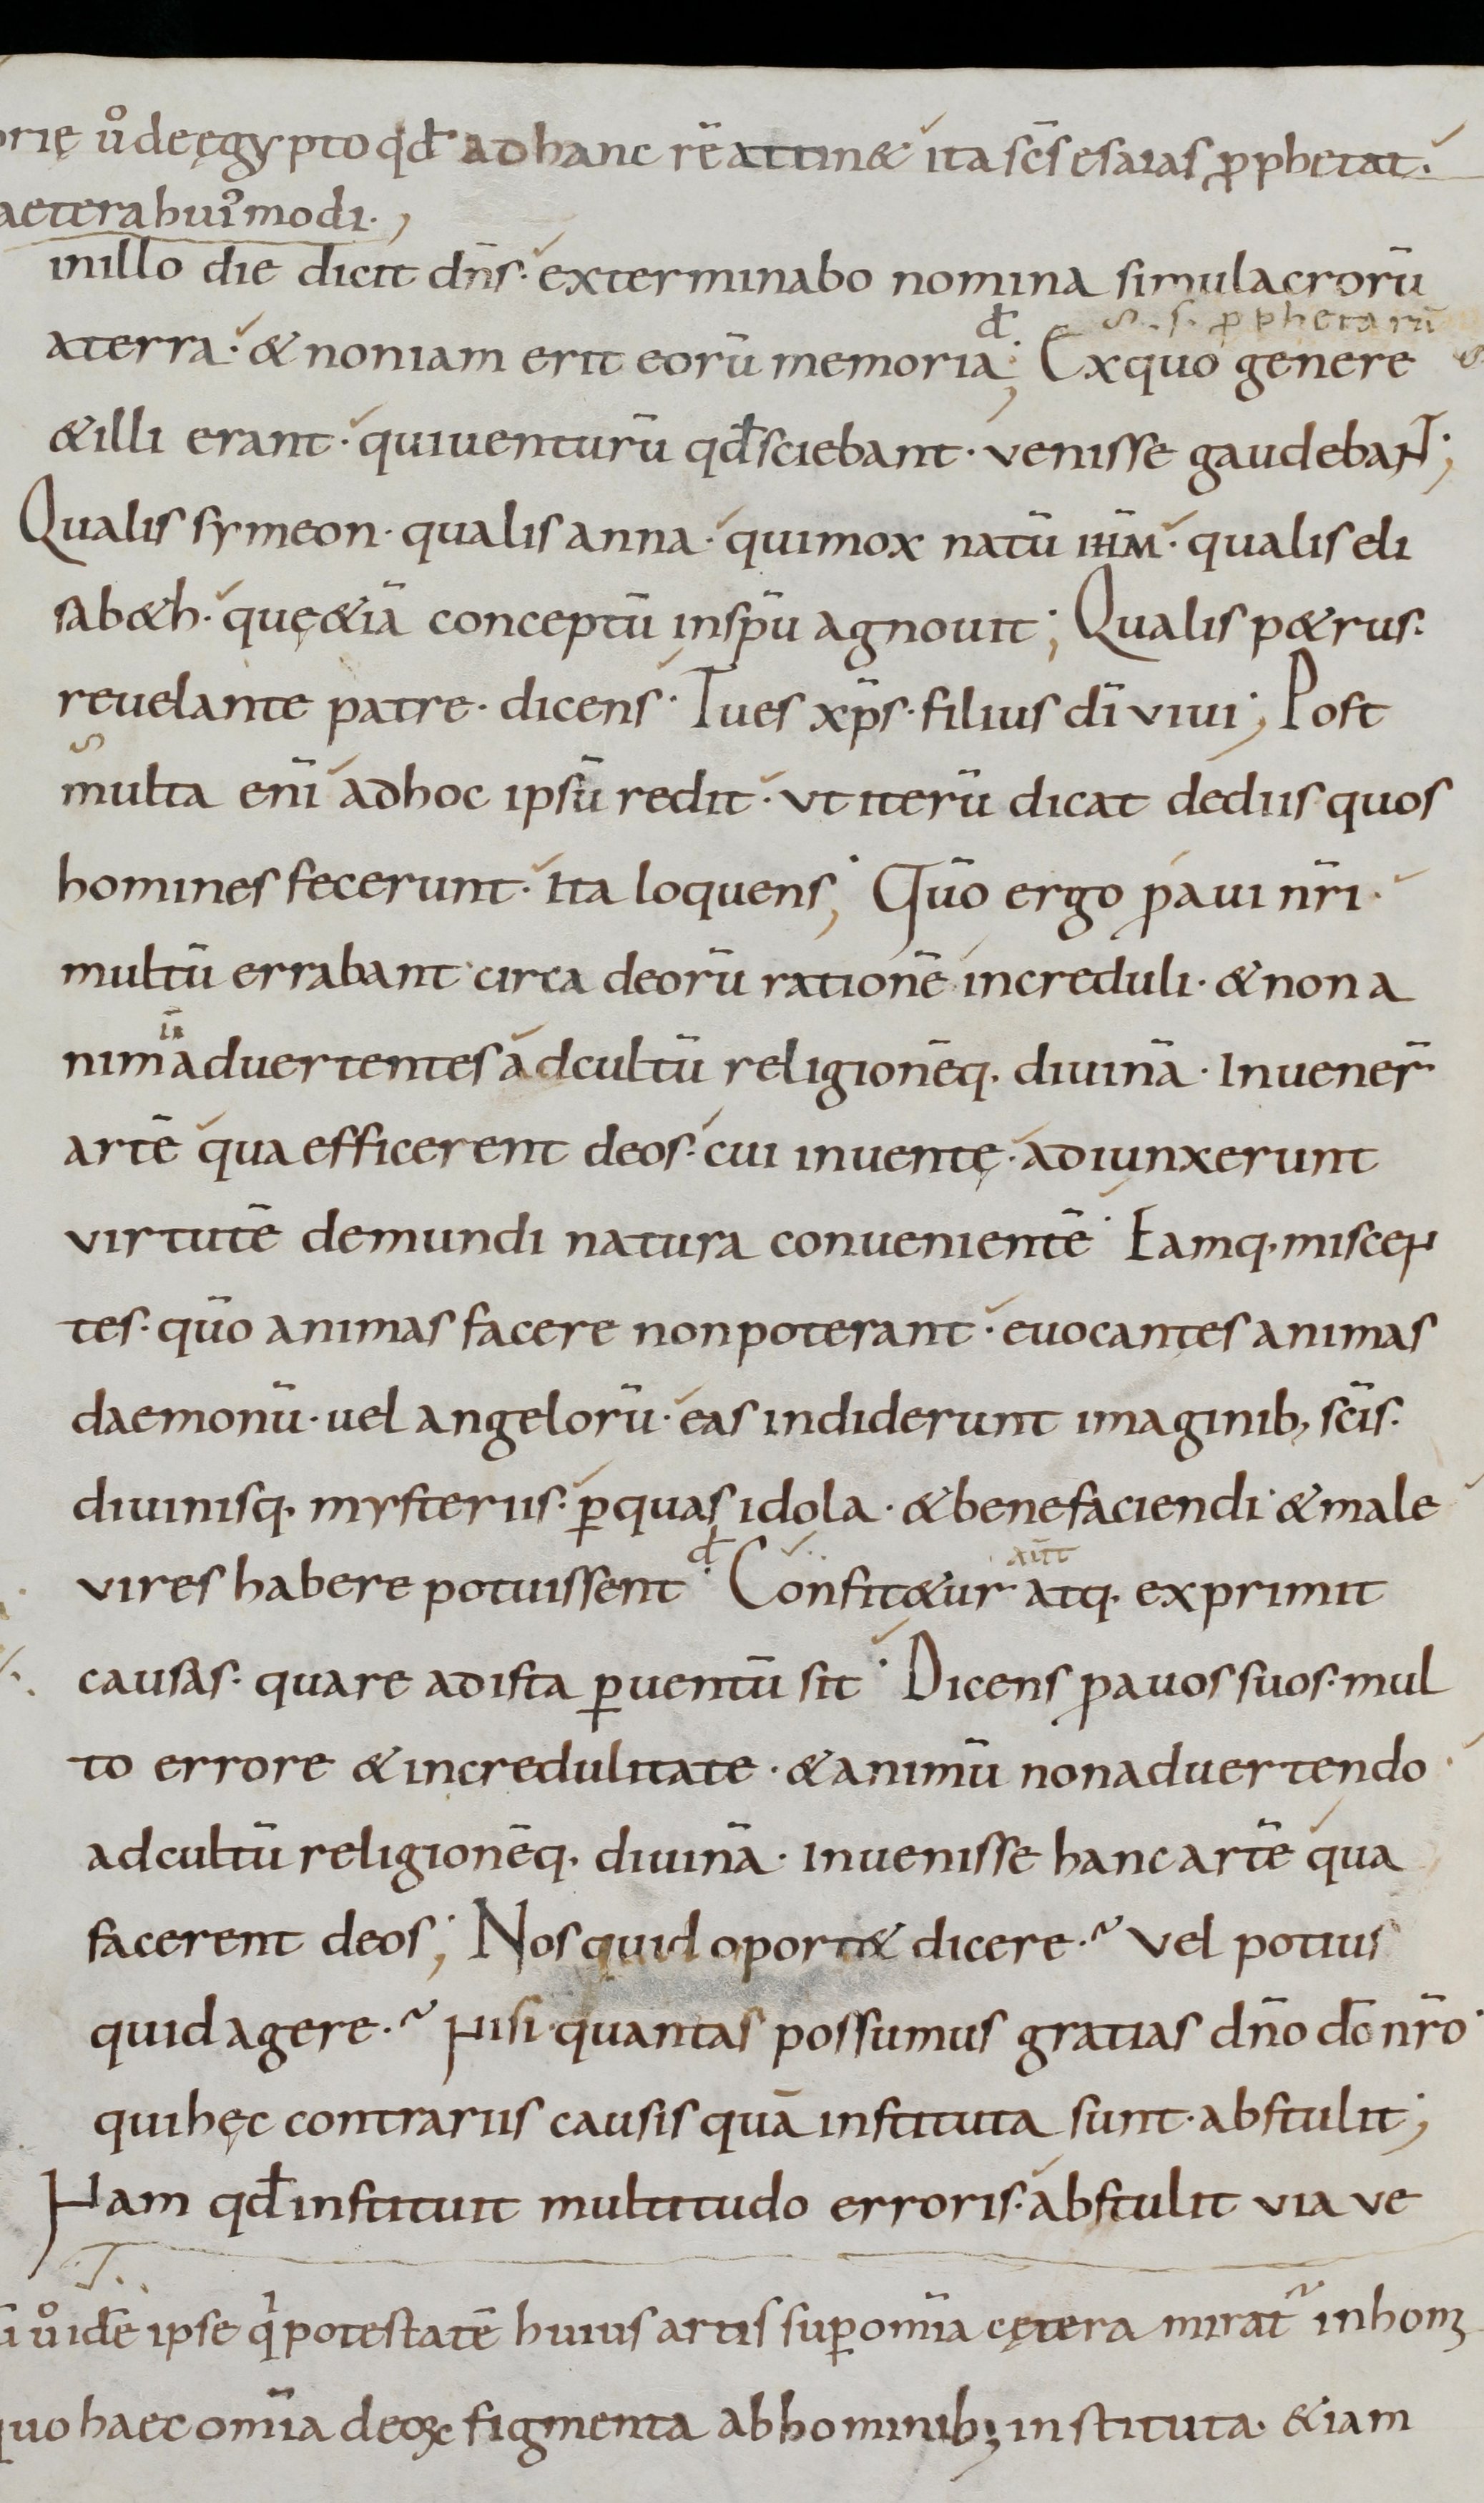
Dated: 800–899